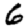
Digit: 6